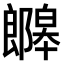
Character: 𫑯